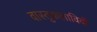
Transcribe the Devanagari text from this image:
वास्तुकलाविदों